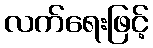
လက်ရေးဖြင့်